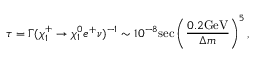
\tau = \Gamma ( \chi _ { 1 } ^ { + } \rightarrow \chi _ { 1 } ^ { 0 } e ^ { + } \nu ) ^ { - 1 } \sim 1 0 ^ { - 8 } \mathrm { s e c } \left( \frac { 0 . 2 \mathrm { G e V } } { \Delta m } \right) ^ { 5 } ,